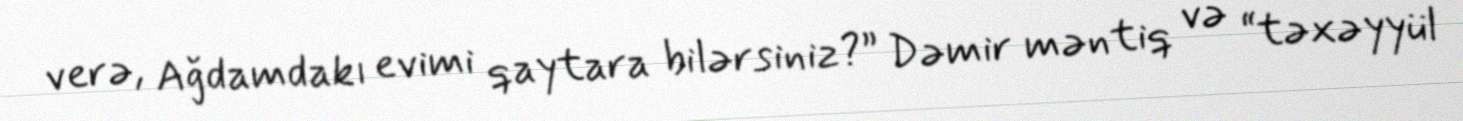
verə, Ağdamdakı evimi qaytara bilərsiniz?” Dəmir məntiq və “təxəyyül